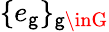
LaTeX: \{ e_{\mathsf{g}}\} _{\mathsf{g}\inG}